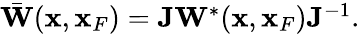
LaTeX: \begin{array}{r}{\bar{\mathbf W}({\mathbf x},{\mathbf x}_{F})={\mathbf J}{\mathbf W}^{*}({\mathbf x},{\mathbf x}_{F}){\mathbf J}^{-1}.}\end{array}